Plague in India, 1896, 1897 - Volume 2
Year: 1896
Disease focus: Plague
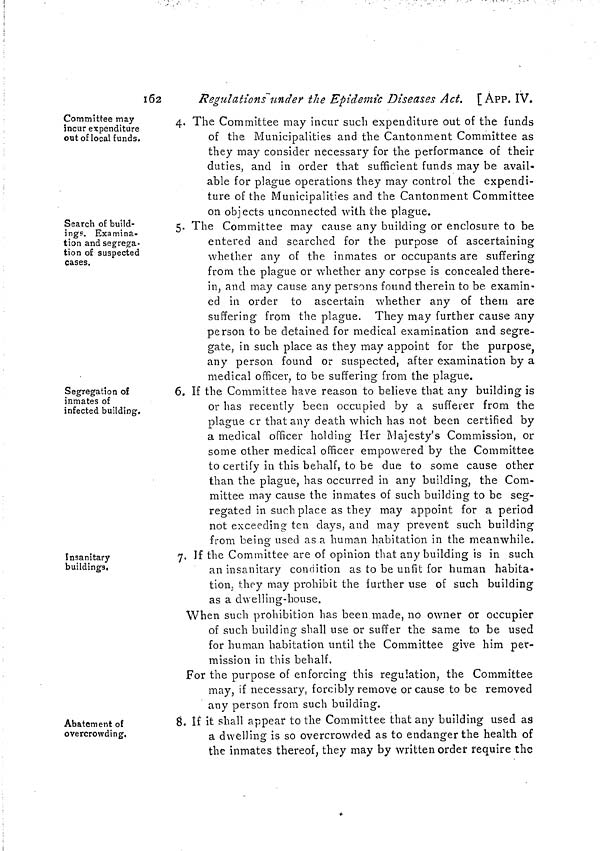
162
Regulations under the Epidemic Diseases Act. [ APP. IV.
Committee may
incur expenditure
out of local funds.
4. The Committee may incur such expenditure out of the funds
of the Municipalities and the Cantonment Committee as
they may consider necessary for the performance of their
duties, and in order that sufficient funds may be avail-
able for plague operations they may control the expendi-
ture of the Municipalities and the Cantonment Committee
on objects unconnected with the plague.
Search of build-
ing?. Examina-
tion and segrega-
tion of suspected
cases.
5. The Committee may cause any building or enclosure to be
entered and searched for the purpose of ascertaining
whether any of the inmates or occupants are suffering
from the plague or whether any corpse is concealed there-
in, and may cause any persons found therein to be examin-
ed in order to ascertain whether any of them are
suffering from the plague. They may further cause any
person to be detained for medical examination and segre-
gate, in such place as they may appoint for the purpose
any person found or suspected, after examination by a
medical officer, to be suffering from the plague.
Segregation of
inmates of
infected building.
6. If the Committee have reason to believe that any building is
or has recently been occupied by a sufferer from the
plague or that any death which has not been certified by
a medical officer holding Her Majesty's Commission, or
some other medical officer empowered by the Committee
to certify in this behalf, to be due to some cause other
than the plague, has occurred in any building, the Com-
mittee may cause the inmates of such building to be seg-
regated in such place as they may appoint for a period
not exceeding ten days, and may prevent such building
from being used as a human habitation in the meanwhile.
Insanitary
buildings.
7. If the Committee are of opinion that any building is in such
an insanitary condition as to be unfit for human habita-
tion, they may prohibit the further use of such building
as a dwelling-house.
When such prohibition has been made, no owner or occupier
of such building shall use or suffer the same to be used
for human habitation until the Committee give him per-
mission in this behalf.
For the purpose of enforcing this regulation, the Committee
may, if necessary, forcibly remove or cause to be removed
any person from such building.
Abatement of
overcrowding.
8. If it shall appear to the Committee that any building used as
a dwelling is so overcrowded as to endanger the health of
the inmates thereof, they may by written order require the